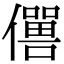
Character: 𠐠